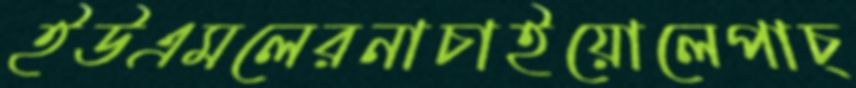
ইউএমলেরনাচাইয়োলেপাচ্